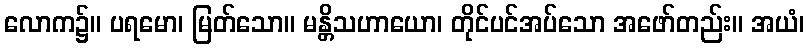
လောက၌။ ပရမော၊ မြတ်သော။ မန္တိသဟာယော၊ တိုင်ပင်အပ်သော အဖော်တည်း။ အယံ၊